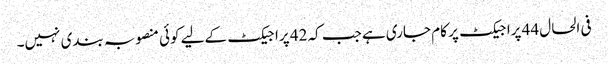
فی الحال 44 پراجیکٹ پر کام جاری ہے جب کہ 42 پراجیکٹ کےلیے کوئی منصوبہ بندی نہیں۔